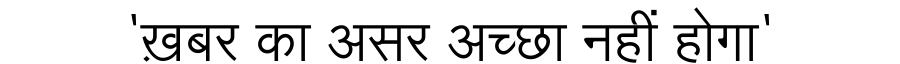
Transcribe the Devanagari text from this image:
'ख़बर का असर अच्छा नहीं होगा'